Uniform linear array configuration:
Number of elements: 4
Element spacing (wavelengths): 1
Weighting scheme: uniform
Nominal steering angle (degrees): -30
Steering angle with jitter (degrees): -28.12
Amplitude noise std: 0.05
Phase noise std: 0.05

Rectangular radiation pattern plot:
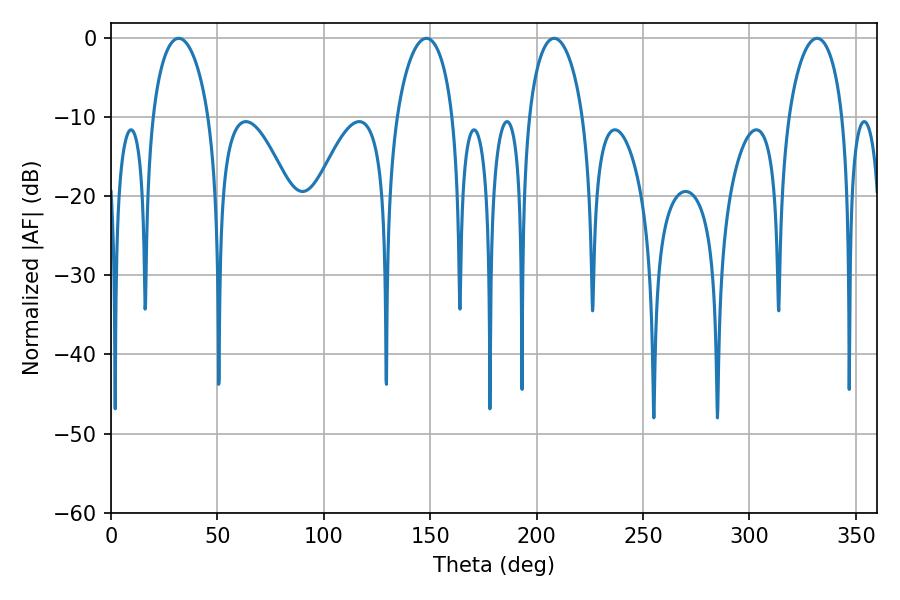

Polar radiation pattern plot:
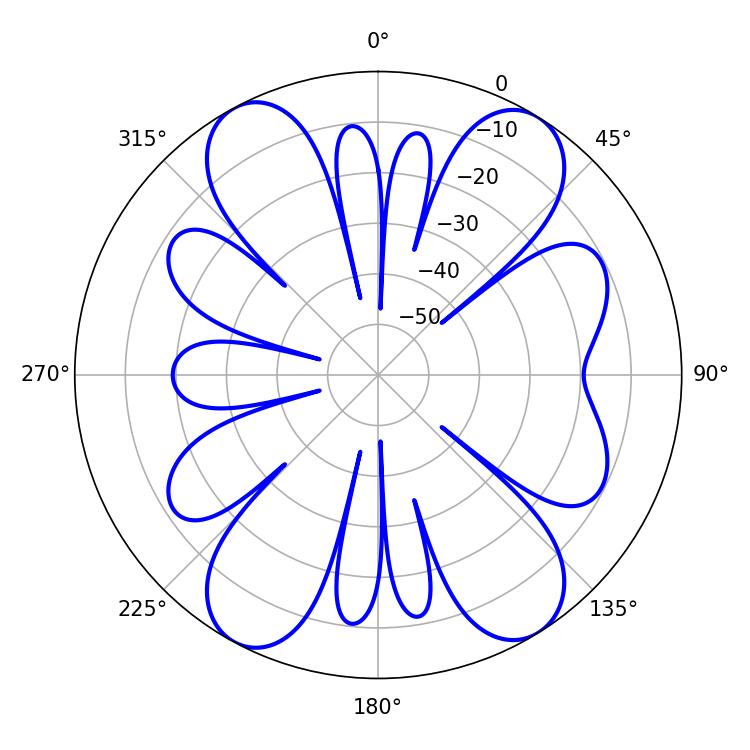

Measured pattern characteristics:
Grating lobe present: TRUE
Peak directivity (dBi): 14.967
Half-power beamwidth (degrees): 14.58
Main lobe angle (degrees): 208.26